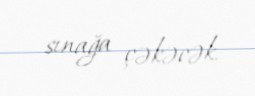
sınağa çəkəcək.